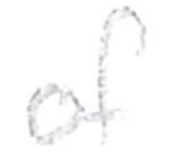
Text: of
Cross-out: clean
Writing tool: pencil